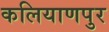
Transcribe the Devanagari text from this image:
कलियाणपुर